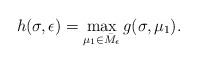
LaTeX: \begin{align*} h(\sigma,\epsilon) = \max_{\mu_1\in \bar{M}_{\epsilon}} g(\sigma, \mu_1). \end{align*}